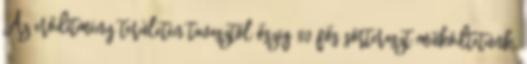
Az erődítmény területén tavasztól őszig 80 fős sörteraszt működtetünk.